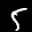
Label: 5